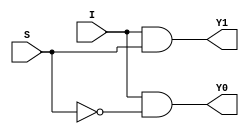
//Dataflow Modelling for 1:2 DeMux

module deMux_1_to_2_df(I, S, Y0, Y1);
input I; input S; output Y0, Y1;
assign Y0 = I&~S;
assign Y1 = I&S;
endmodule